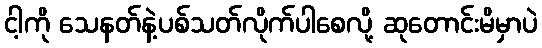
ငါ့ကို သေနတ်နဲ့ပစ်သတ်လိုက်ပါစေလို့ ဆုတောင်းမိမှာပဲ